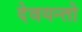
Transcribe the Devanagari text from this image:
देवयन्तो